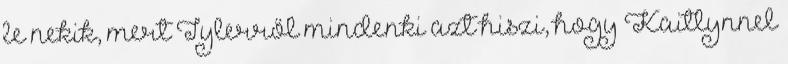
le nekik, mert Tylerről mindenki azt hiszi, hogy Kaitlynnel